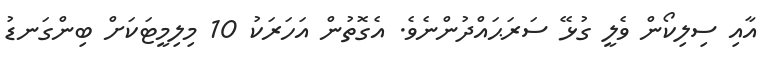
އާއި ސިލިކޯން ވެލީ ގުޅޭ ސަރަޙައްދުންނެވެ. އެގޮތުން އަހަރަކު 10 މިލިމީޓަކަށް ބިންގަނޑު